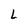
Character: L